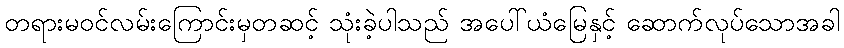
တရားမဝင်လမ်းကြောင်းမှတဆင့် သုံးခဲ့ပါသည် အပေါ်ယံမြေနှင့် ဆောက်လုပ်သောအခါ